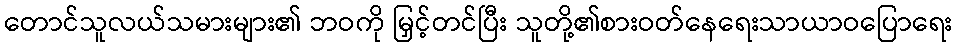
တောင်သူလယ်သမားများ၏ ဘဝကို မြှင့်တင်ပြီး သူတို့၏စားဝတ်နေရေးသာယာဝပြောရေး